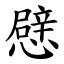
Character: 憵